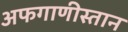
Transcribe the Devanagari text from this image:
अफगाणीस्तान